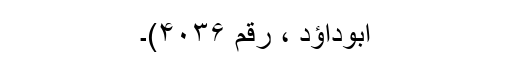
ابوداؤد ، رقم ۴۰۳۶)۔